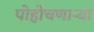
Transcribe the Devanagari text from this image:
पोहोचणार्‍या